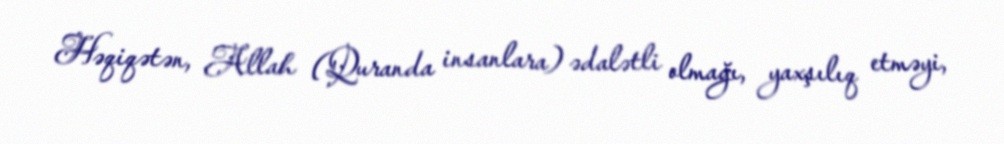
Həqiqətən, Allah (Quranda insanlara) ədalətli olmağı, yaxşılıq etməyi,